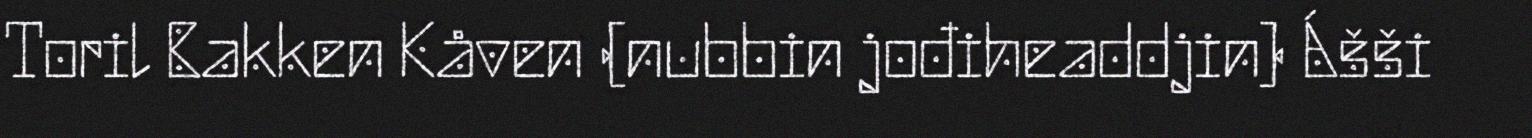
Toril Bakken Kåven (nubbin jođiheaddjin) Ášši